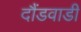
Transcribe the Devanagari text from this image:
दौंडवाडी